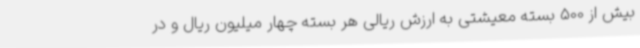
بیش از 500 بسته معیشتی به ارزش ریالی هر بسته چهار میلیون ریال و در